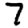
Digit: 7